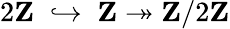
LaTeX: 2\mathbf{Z}\; \; {\hookrightarrow}\; \; \mathbf{Z}\twoheadrightarrow\mathbf{Z}/2\mathbf{Z}